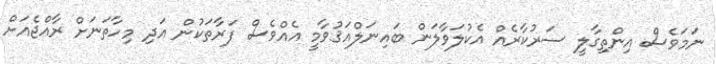
ނަމަވެސް އިންތިގާލީ ސަރުކާރެއް އެކުލަވާލަން ބައިނަލްއަޤުވާމީ އެއްވެސް ފަރާތަކުން އަދި މިހާތަނަށް ރާއްޖެއަށް